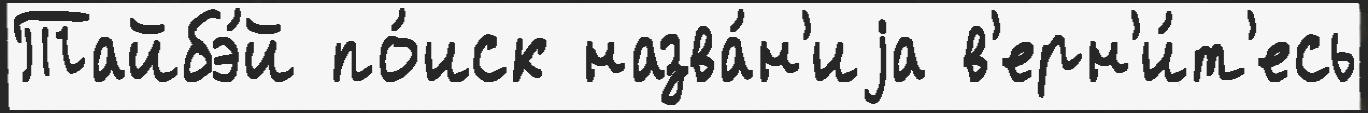
Тайбэ́й по́иск назва́н'иjа в'ерн'и́т'есь